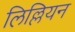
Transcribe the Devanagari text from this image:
लिल्लियन